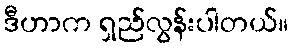
ဒီဟာက ရှည်လွန်းပါတယ်။